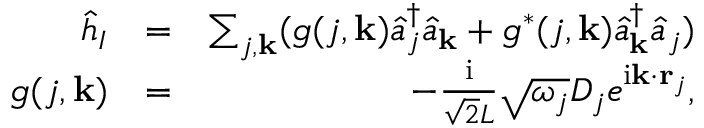
\begin{array} { r l r } { \hat { h } _ { I } } & { = } & { \sum _ { j , { \bf k } } ( g ( j , { \bf k } ) \hat { a } _ { j } ^ { \dagger } \hat { a } _ { { \bf k } } + g ^ { * } ( j , { \bf k } ) \hat { a } _ { { \bf k } } ^ { \dagger } \hat { a } _ { j } ) } \\ { g ( j , { \bf k } ) } & { = } & { - \frac { \mathrm { i } } { \sqrt { 2 } L } \sqrt { \omega _ { j } } D _ { j } e ^ { \mathrm { i } { \bf k } \cdot { \bf r } _ { j } } , } \end{array}